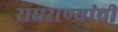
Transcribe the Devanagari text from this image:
राघराण्यांची